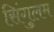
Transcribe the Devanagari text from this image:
सिंगुलम